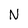
Character: N